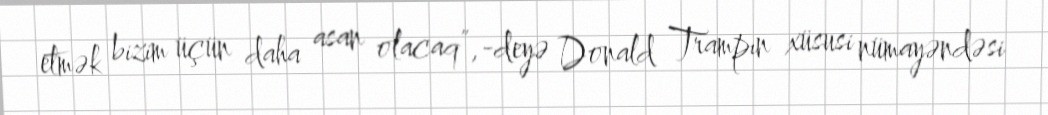
etmək bizim üçün daha asan olacaq”,-deyə Donald Trampın xüsusi nümayəndəsi